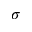
\sigma